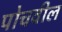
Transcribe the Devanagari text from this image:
पोचवील